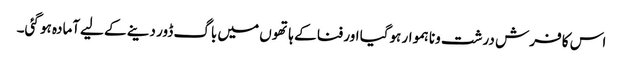
اس کا فرش درشت ونا ہموار ہوگیا اور فنا کے ہاتھو ں میں باگ ڈور دینے کے لیےآمادہ ہو گئی۔